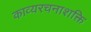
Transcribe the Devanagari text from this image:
काव्यरचनाशक्ति